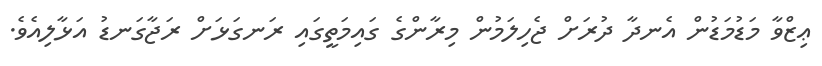
ޢިޒްވާ މަޑުމަޑުން އެނދާ ދުރަށް ޖެހިލަމުން މިރާންގެ ގައިމަތީގައި ރަނގަޅަށް ރަޖާގަނޑު އަޅާލިއެވެ.